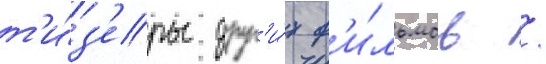
т'и́з'еры друг'и́х ф'и́льмов /